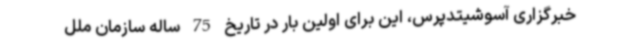
خبرگزاری آسوشیتدپرس، این برای اولین بار در تاریخ 75 ساله سازمان ملل